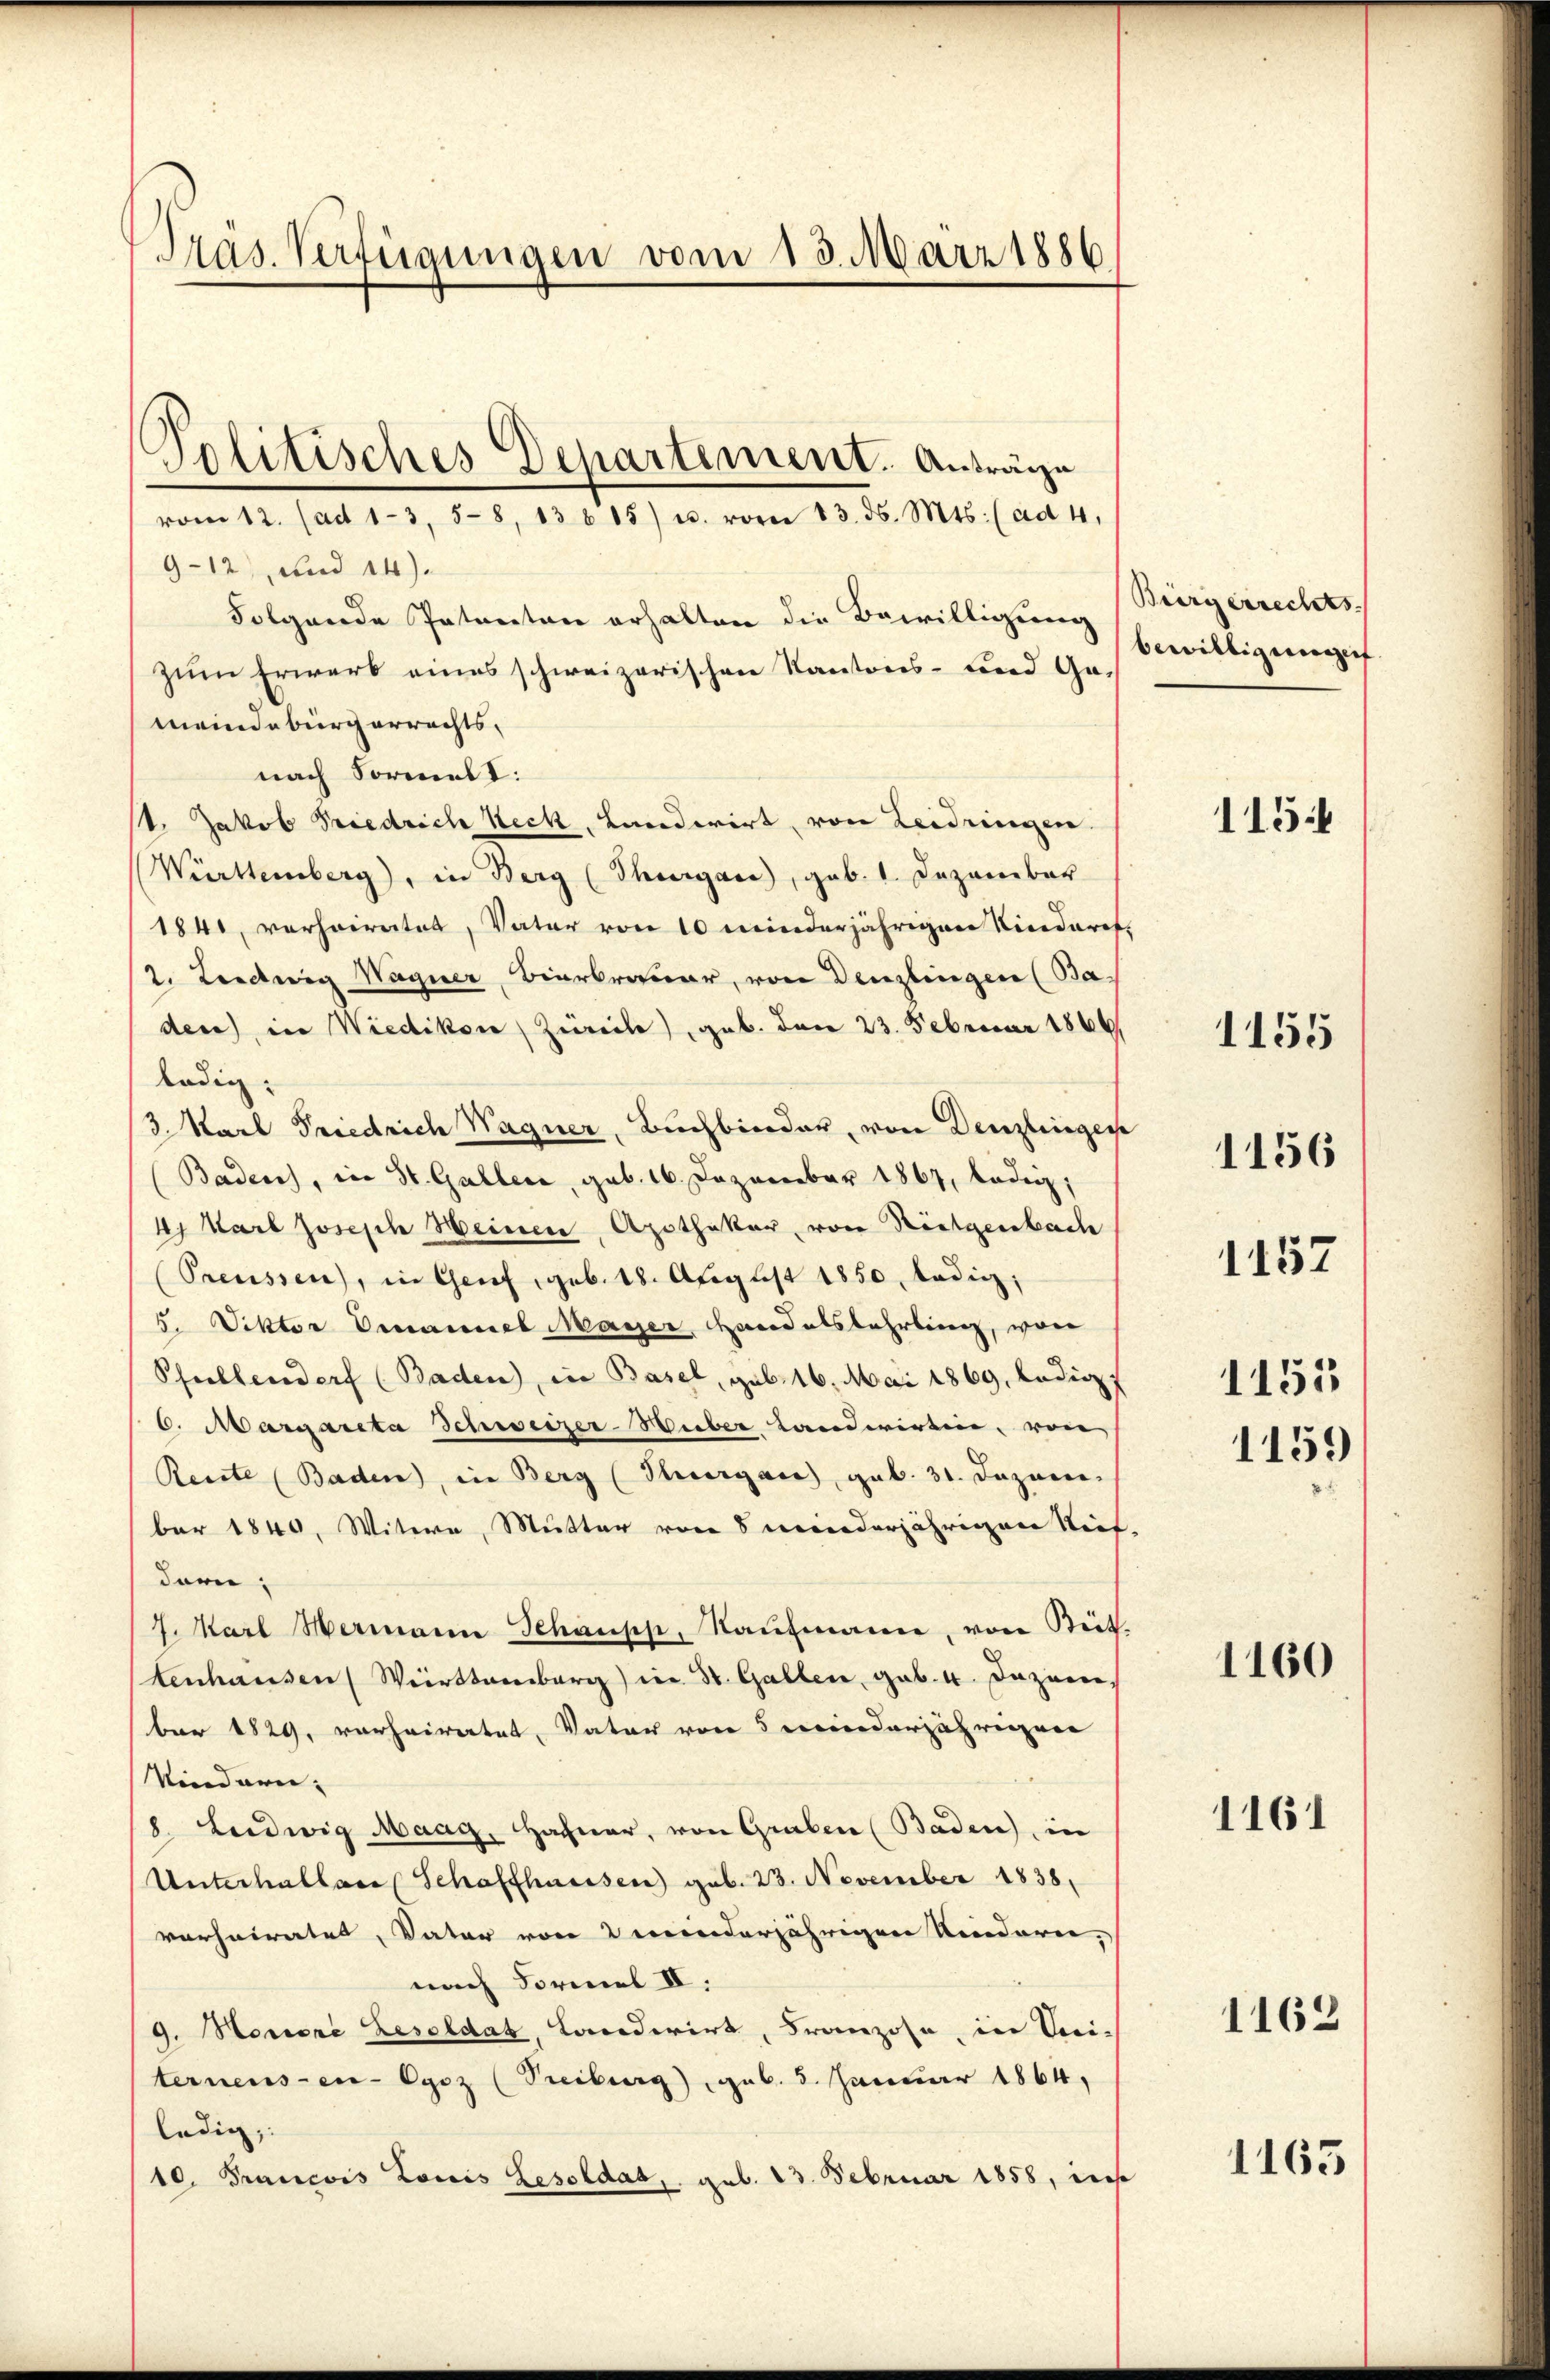
Präs. Verfügungen vom 13. März 1886

Politisches Departement. Anträge

vom 12. (ad 13. 58, 13 b 15) u. vom 13. ds. Mts. (ad 4.
9-12) und 14).
Folgende Patenton erhalten die Bewilligung
zum Erwerb eines schweizerischen Kantons- und Gameindebürgerrechts,
nach Formelt:
/1. Jakob Friedrich Neck, Landwirt, von Leidringen.
Württemberg), in Berg (Thurgare, geb. 1. Dezember
1841, verheiratet, Vater von 10 minderjährigen Niedarf,
2. Leidwig Wagner Bierbrauer, von Denzlingen (Ba
den) in Wiedikon (Zürich), geb. den 23. Februar 1866
ledig,
3. Karl Friedrich Wagner, Buchbinder, von Denzlingere
(Badens, in St. Gallen, geb. 16. Dezember 1867, ledig,
4. Karl Joseph Meinen, Apothekar, von Rietgenbach
Preussen, in Genf, geb. 18. August 1850, ledig,
5. Viktor Emanuel Mayer, Handalsbahrung, won
Pfeillendorf (Baden), in Basel, geb. 16. Mai 1869, Ladig
6. Margareta Schweizer-Huber Landwirtine, von
Resste (Baden, in Berg (Thurgau, geb. 31. Dezemi-
ber 1840. Witwe, Mutter von 8 meinderjährigen Stief-
dern;
7. Karl Hermann Schaupp, Raŭfmann, von Seit
tenhausen Wirttemberg) in St. Gallen, geb. 4. Dezem
ber 1829. vorheiratet, Vater von 5 Minderjährigen
Venedewen- |
8. Leidwig Maag, Hafner, von Graben (Baden, in
Unterhallace Schaffhausen) geb. 23. November 1838.
vorheiratet, Vater von meinderjährigen Kinderen,
nach Formel II.
9. Seniore Besoldat, Landwirt, Franzose, in Seiternens-en-Egoz (Treiburg), geb. 5. Januar 1864,
ledig,
10. Francois Louis Besoldat, geb. 23. Februar 1858, diese

Bürgerrechts-
bewilligungen

115:

1155

1156
1157

1159

1155

1160

1161

1162

1165